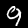
Digit: 9